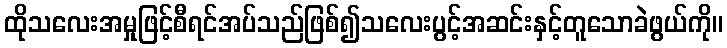
ထိုသလေးအမှုဖြင့်စီရင်အပ်သည်ဖြစ်၍သလေးပွင့်အဆင်းနှင့်တူသောခဲဖွယ်ကို။